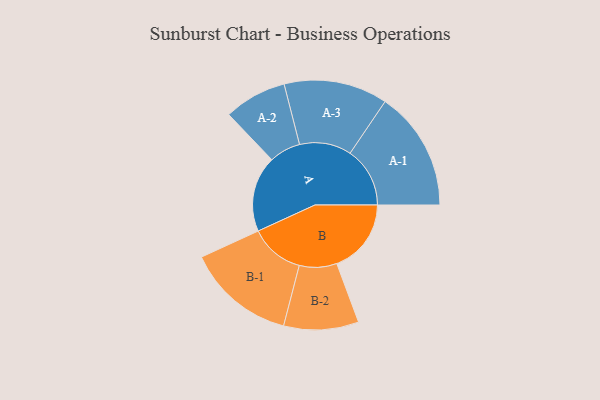
{"axis": {"x": "Segment", "y": "Value"}, "legend": ["", "A", "B"], "data": [{"x": "A", "y": 363, "type": ""}, {"x": "B", "y": 356, "type": ""}, {"x": "A-1", "y": 286, "type": "A"}, {"x": "A-2", "y": 150, "type": "A"}, {"x": "A-3", "y": 248, "type": "A"}, {"x": "B-1", "y": 260, "type": "B"}, {"x": "B-2", "y": 179, "type": "B"}]}